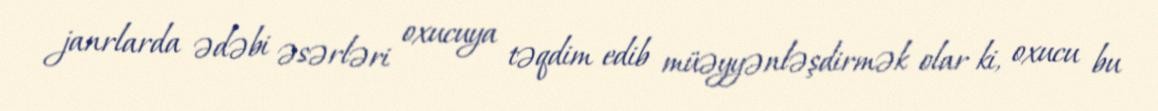
janrlarda ədəbi əsərləri oxucuya təqdim edib müəyyənləşdirmək olar ki, oxucu bu